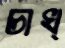
চাখ্‌